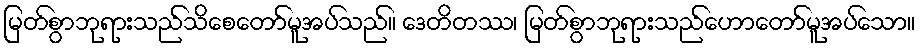
မြတ်စွာဘုရားသည်သိစေတော်မူအပ်သည်။ ဒေတိတဿ၊ မြတ်စွာဘုရားသည်ဟောတော်မူအပ်သော။